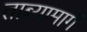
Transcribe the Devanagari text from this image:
ताब्यामागें